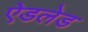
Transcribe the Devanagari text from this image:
ऐडलेड